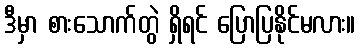
ဒီမှာ စားသောက်တွဲ ရှိရင် ပြောပြနိုင်မလား။